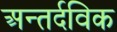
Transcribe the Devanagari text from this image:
अन्तर्दविक